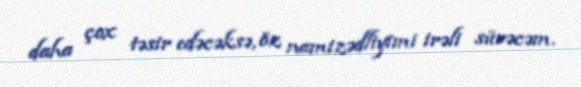
daha çox təsir edəcəksə, öz namizədliyimi irəli sürəcəm.